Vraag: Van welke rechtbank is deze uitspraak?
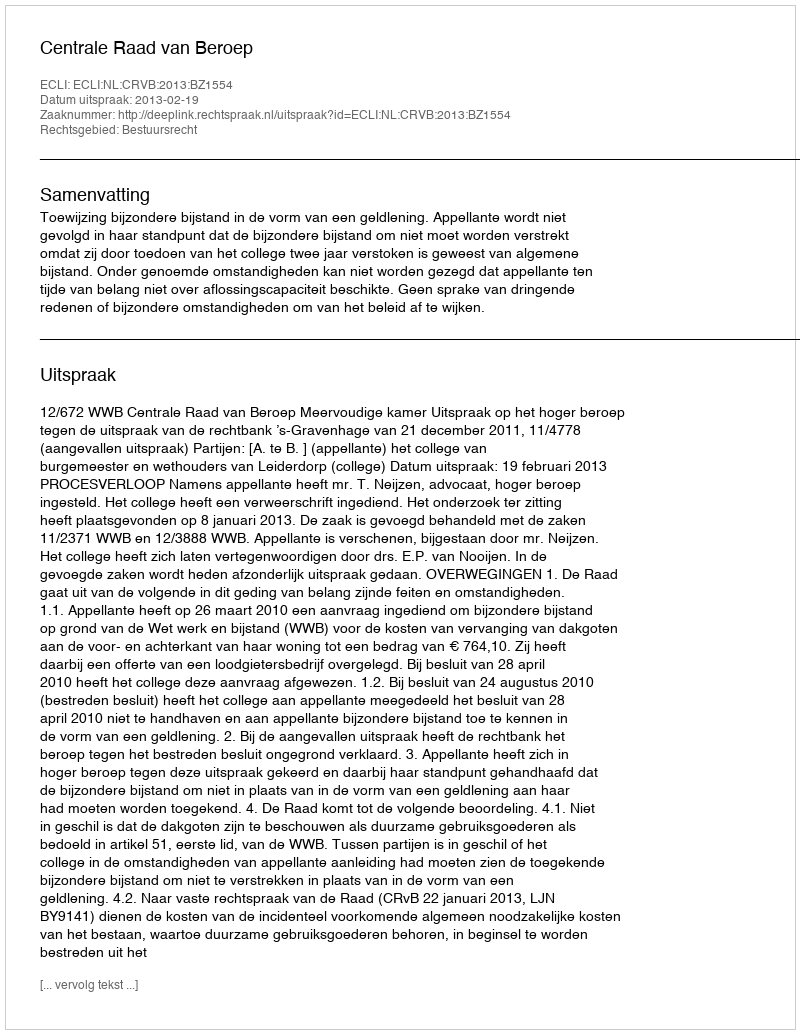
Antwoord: Centrale Raad van Beroep